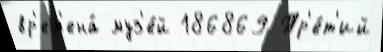
вр'ем'ена́ муз'е́й 186869 Тр'е́т'ий